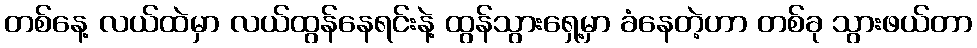
တစ်နေ့ လယ်ထဲမှာ လယ်ထွန်နေရင်းနဲ့ ထွန်သွားရှေ့မှာ ခံနေတဲ့ဟာ တစ်ခု သွားဖယ်တာ